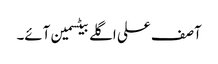
آصف علی اگلے بیٹسمین آئے۔